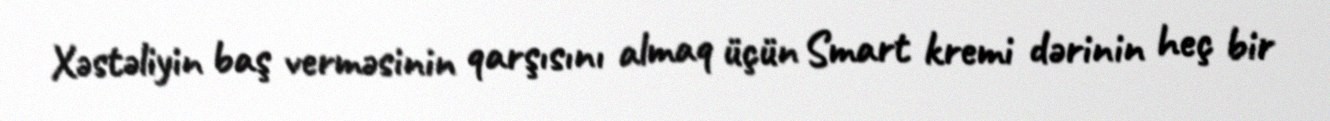
Xəstəliyin baş verməsinin qarşısını almaq üçün Smart kremi dərinin heç bir